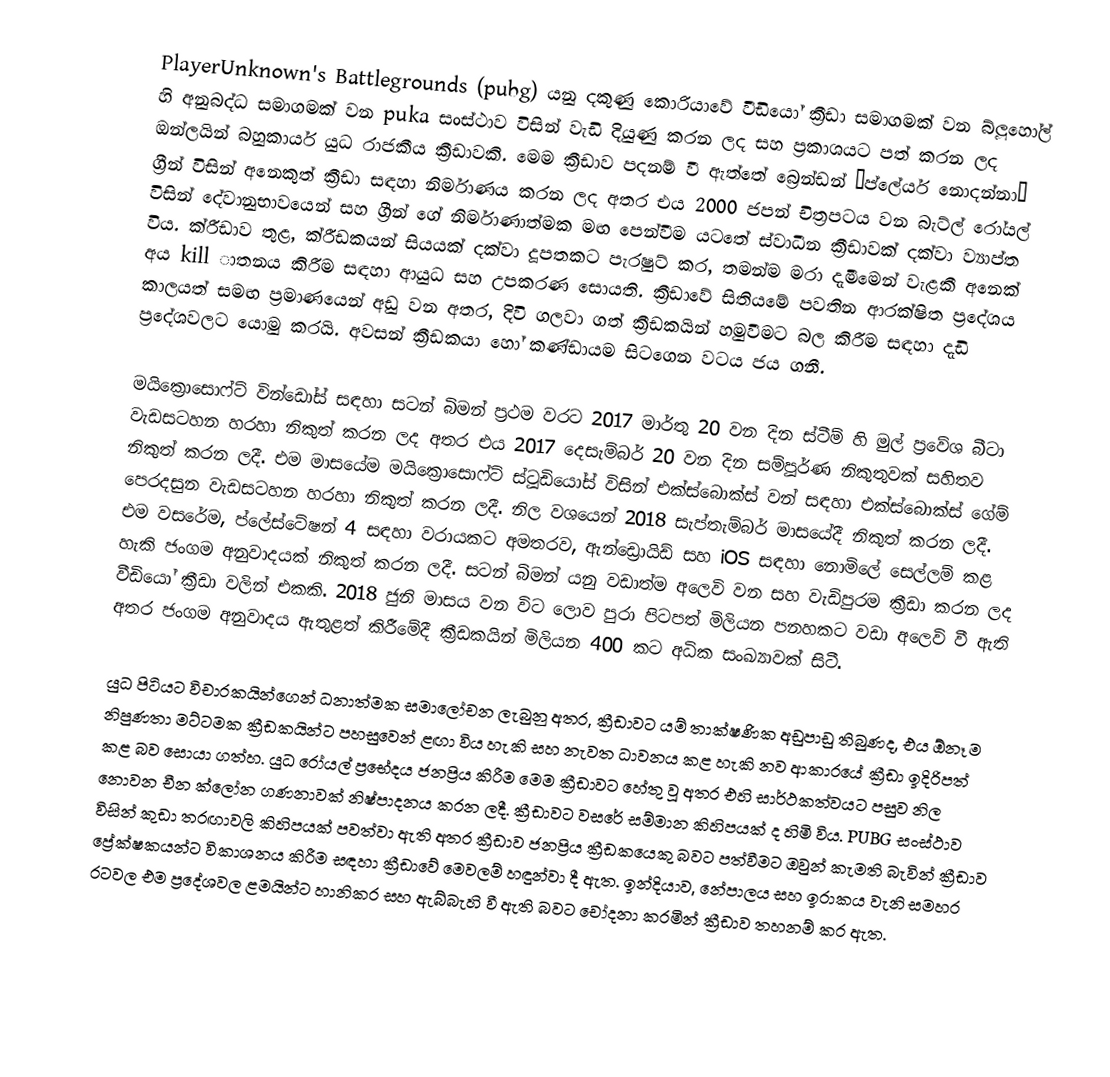
PlayerUnknown's Battlegrounds (pubg) යනු දකුණු කොරියාවේ වීඩියෝ ක්‍රීඩා සමාගමක් වන බ්ලූහෝල් හි අනුබද්ධ සමාගමක් වන puka සංස්ථාව විසින් වැඩි දියුණු කරන ලද සහ ප්‍රකාශයට පත් කරන ලද ඔන්ලයින් බහුකාර්ය යුධ රාජකීය ක්‍රීඩාවකි. මෙම ක්‍රීඩාව පදනම් වී ඇත්තේ බ්‍රෙන්ඩන් “ප්ලේයර් නොදන්නා” ග්‍රීන් විසින් අනෙකුත් ක්‍රීඩා සඳහා නිර්මාණය කරන ලද අතර එය 2000 ජපන් චිත්‍රපටය වන බැට්ල් රෝයල් විසින් දේවානුභාවයෙන් සහ ග්‍රීන් ගේ නිර්මාණාත්මක මඟ පෙන්වීම යටතේ ස්වාධීන ක්‍රීඩාවක් දක්වා ව්‍යාප්ත විය. ක්රීඩාව තුළ, ක්රීඩකයන් සියයක් දක්වා දූපතකට පැරෂුට් කර, තමන්ම මරා දැමීමෙන් වැළකී අනෙක් අය kill ාතනය කිරීම සඳහා ආයුධ සහ උපකරණ සොයති. ක්‍රීඩාවේ සිතියමේ පවතින ආරක්ෂිත ප්‍රදේශය කාලයත් සමඟ ප්‍රමාණයෙන් අඩු වන අතර, දිවි ගලවා ගත් ක්‍රීඩකයින් හමුවීමට බල කිරීම සඳහා දැඩි ප්‍රදේශවලට යොමු කරයි. අවසන් ක්‍රීඩකයා හෝ කණ්ඩායම සිටගෙන වටය ජය ගනී.

මයික්‍රොසොෆ්ට් වින්ඩෝස් සඳහා සටන් බිමන් ප්‍රථම වරට 2017 මාර්තු 20 වන දින ස්ටීම් හි මුල් ප්‍රවේශ බීටා වැඩසටහන හරහා නිකුත් කරන ලද අතර එය 2017 දෙසැම්බර් 20 වන දින සම්පූර්ණ නිකුතුවක් සහිතව නිකුත් කරන ලදී. එම මාසයේම මයික්‍රොසොෆ්ට් ස්ටූඩියෝස් විසින් එක්ස්බොක්ස් වන් සඳහා එක්ස්බොක්ස් ගේම් පෙරදසුන වැඩසටහන හරහා නිකුත් කරන ලදී. නිල වශයෙන් 2018 සැප්තැම්බර් මාසයේදී නිකුත් කරන ලදී. එම වසරේම, ප්ලේස්ටේෂන් 4 සඳහා වරායකට අමතරව, ඇන්ඩ්‍රොයිඩ් සහ iOS සඳහා නොමිලේ සෙල්ලම් කළ හැකි ජංගම අනුවාදයක් නිකුත් කරන ලදී. සටන් බිමන් යනු වඩාත්ම අලෙවි වන සහ වැඩිපුරම ක්‍රීඩා කරන ලද වීඩියෝ ක්‍රීඩා වලින් එකකි. 2018 ජුනි මාසය වන විට ලොව පුරා පිටපත් මිලියන පනහකට වඩා අලෙවි වී ඇති අතර ජංගම අනුවාදය ඇතුළත් කිරීමේදී ක්‍රීඩකයින් මිලියන 400 කට අධික සංඛ්‍යාවක් සිටී.

යුධ පිටියට විචාරකයින්ගෙන් ධනාත්මක සමාලෝචන ලැබුනු අතර, ක්‍රීඩාවට යම් තාක්ෂණික අඩුපාඩු තිබුණද, එය ඕනෑම නිපුණතා මට්ටමක ක්‍රීඩකයින්ට පහසුවෙන් ළඟා විය හැකි සහ නැවත ධාවනය කළ හැකි නව ආකාරයේ ක්‍රීඩා ඉදිරිපත් කළ බව සොයා ගත්හ. යුධ රෝයල් ප්‍රභේදය ජනප්‍රිය කිරීම මෙම ක්‍රීඩාවට හේතු වූ අතර එහි සාර්ථකත්වයට පසුව නිල නොවන චීන ක්ලෝන ගණනාවක් නිෂ්පාදනය කරන ලදී. ක්‍රීඩාවට වසරේ සම්මාන කිහිපයක් ද හිමි විය. PUBG සංස්ථාව විසින් කුඩා තරඟාවලි කිහිපයක් පවත්වා ඇති අතර ක්‍රීඩාව ජනප්‍රිය ක්‍රීඩකයෙකු බවට පත්වීමට ඔවුන් කැමති බැවින් ක්‍රීඩාව ප්‍රේක්ෂකයන්ට විකාශනය කිරීම සඳහා ක්‍රීඩාවේ මෙවලම් හඳුන්වා දී ඇත. ඉන්දියාව, නේපාලය සහ ඉරාකය වැනි සමහර රටවල එම ප්‍රදේශවල ළමයින්ට හානිකර සහ ඇබ්බැහි වී ඇති බවට චෝදනා කරමින් ක්‍රීඩාව තහනම් කර ඇත.